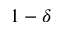
1 - \delta